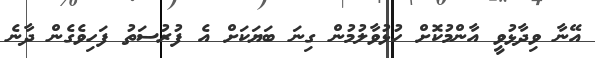
އޭނާ ވިދާޅުވީ އާންމުކޮށް ހުޅުވާލުމުން ގިނަ ބަޔަކަށް އެ ފުރުސަތު ފަހިވެގެން ދާނެ